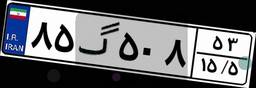
۸۵گ۵۰۸۵۳